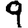
Digit: 9